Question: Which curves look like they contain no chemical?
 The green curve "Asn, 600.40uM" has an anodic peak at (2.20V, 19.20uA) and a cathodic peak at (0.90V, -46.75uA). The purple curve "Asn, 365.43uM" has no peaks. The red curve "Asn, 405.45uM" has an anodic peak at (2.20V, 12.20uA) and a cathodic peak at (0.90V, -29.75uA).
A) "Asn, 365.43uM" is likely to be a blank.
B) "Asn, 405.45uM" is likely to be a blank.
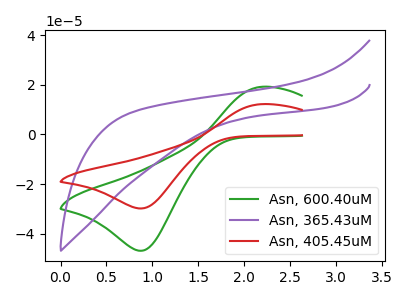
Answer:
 <answer>A) "Asn, 365.43uM" is likely to be a blank.</answer>
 <eval>A</eval>